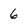
Character: 6